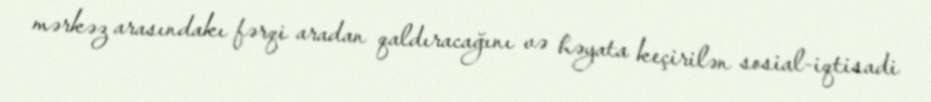
mərkəz arasındakı fərqi aradan qaldıracağını və həyata keçirilən sosial-iqtisadi